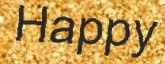
Happy